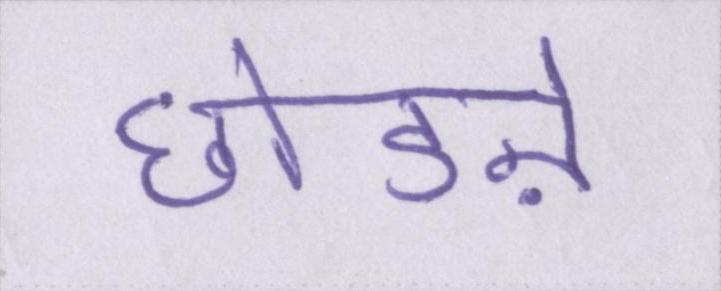
छोडऩे